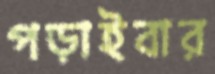
পড়াইবার